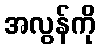
အလွန်ကို